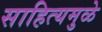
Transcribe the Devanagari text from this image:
साहित्यमुळे